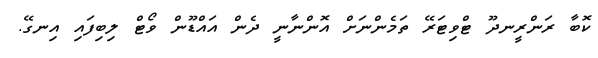
ކޮބާ ރަންރީނދޫ ޓްވިޓަރޭ ތަމެންނަށް އޮންނާނީ ދެން އައްޑޫން ވޯޓް ލިބިފައި އިނގޭ.